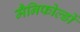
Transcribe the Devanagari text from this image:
मैनिफोल्डों